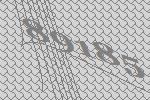
89185